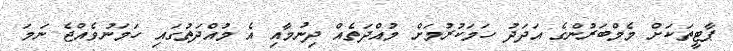
ޕާޓީތަކަށް މެމްބަރުންގެ އަދަދު ހަމަކުރުމަށް މުއްދަތެއް ދިނުމާއި އެ މުއްދަތުގައި ހަމަނުވެއްޖެ ނަމަ